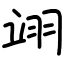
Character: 翊